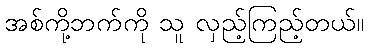
အစ်ကို့ဘက်ကို သူ လှည့်ကြည့်တယ်။